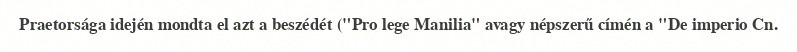
Praetorsága idején mondta el azt a beszédét ("Pro lege Manilia" avagy népszerű címén a "De imperio Cn.